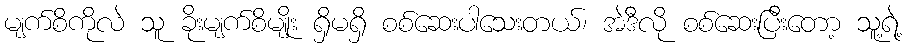
မျက်စိကိုလဲ သူ ခိုးမျက်စိမျိုး ရှိမရှိ စစ်ဆေးပါသေးတယ်၊ အဲဒီလို စစ်ဆေးပြီးတော့ သူ့ရဲ့